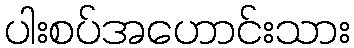
ပါးစပ်အဟောင်းသား